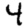
Digit: 4